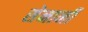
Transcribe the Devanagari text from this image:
सेनानीं